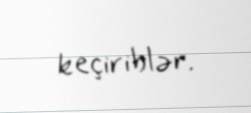
keçiriblər.